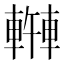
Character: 𫏿